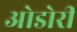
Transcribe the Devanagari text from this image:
ओडोरी